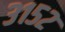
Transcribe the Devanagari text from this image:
३१५२